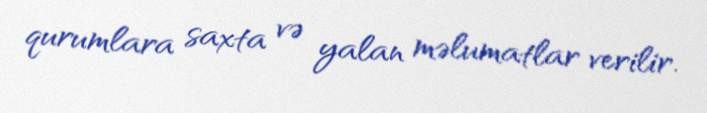
qurumlara saxta və yalan məlumatlar verilir.